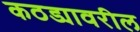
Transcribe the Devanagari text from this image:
कठड्यावरील